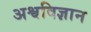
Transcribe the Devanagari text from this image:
अश्वविज्ञान